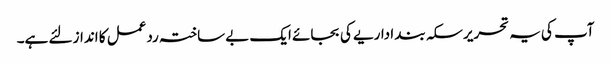
آپ کی یہ تحریر سکہ بند اداریے کی بجائے ایک بے ساختہ ردعمل کا انداز لئے ہے۔